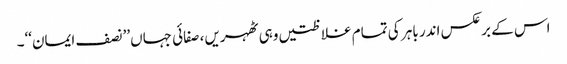
اس کے برعکس اندر باہر کی تمام غلاظتیں وہی ٹھہریں، صفائی جہاں’’نصف ایمان‘‘۔